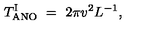
T _ { \mathrm { A N O } } ^ { \mathrm { I } } \ = \ { 2 \pi v ^ { 2 } } L ^ { - 1 } ,